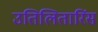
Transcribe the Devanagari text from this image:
उतिलितारिंस